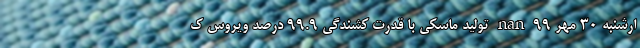
ارشنبه 30 مهر 99 nan تولید ماسکی با قدرت کشندگی ۹۹.۹ درصد ویروس ک